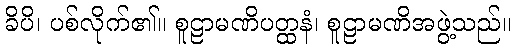
ခိပိ၊ ပစ်လိုက်၏။ စူဠာမဏိပတ္ထနံ၊ စူဠာမဏိအဖွဲ့သည်။